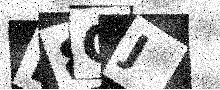
Text: B8GJ